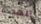
الهدنة